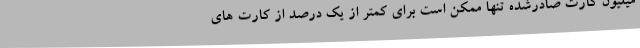
میلیون کارت صادرشده تنها ممکن است برای کمتر از یک درصد از کارت های